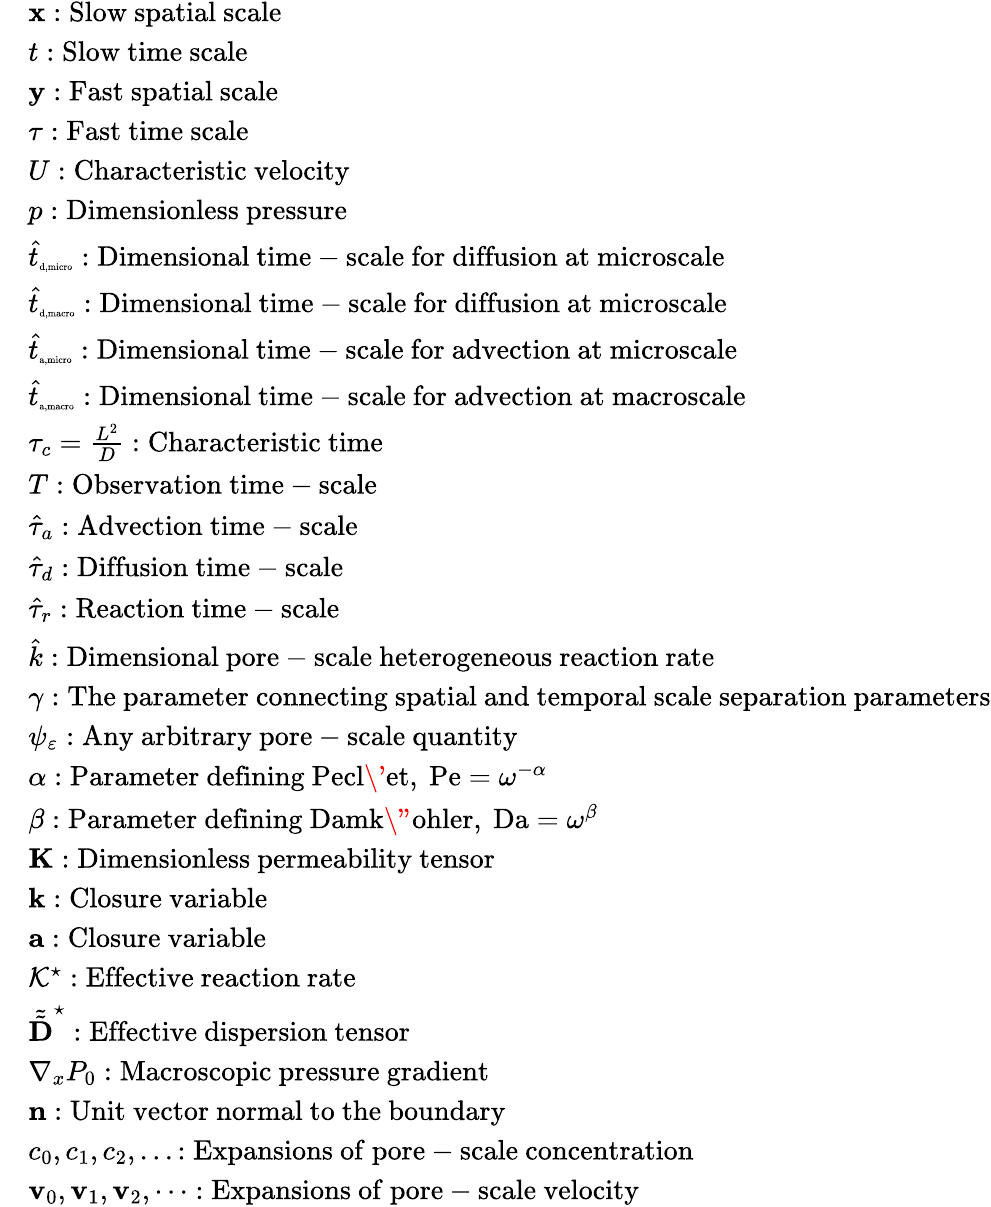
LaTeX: \begin{array}{rl}&{\mathbf x:\mathrm{Slow~spatial~scale}}\\ &{t:\mathrm{Slow~time~scale}}\\ &{\mathbf y:\mathrm{Fast~spatial~scale}}\\ &{\tau:\mathrm{Fast~time~scale}}\\ &{U:\mathrm{Characteristic~velocity}}\\ &{p:\mathrm{Dimensionless~pressure}}\\ &{\hat{t}_{\mathrm{\tiny{d,micro}}}:\mathrm{Dimensional~time-scale~for~diffusion~at~microscale}}\\ &{\hat{t}_{\mathrm{\tiny{d,macro}}}:\mathrm{Dimensional~time-scale~for~diffusion~at~microscale}}\\ &{\hat{t}_{\mathrm{\tiny{a,micro}}}:\mathrm{Dimensional~time-scale~for~advection~at~microscale}}\\ &{\hat{t}_{\mathrm{\tiny{a,macro}}}:\mathrm{Dimensional~time-scale~for~advection~at~macroscale}}\\ &{\tau_{c}=\frac{L^{2}}{D}:\mathrm{Characteristic~time}}\\ &{T:\mathrm{Observation~time-scale}}\\ &{\hat{\tau}_{a}:\mathrm{Advection~time-scale}}\\ &{\hat{\tau}_{d}:\mathrm{Diffusion~time-scale}}\\ &{\hat{\tau}_{r}:\mathrm{Reaction~time-scale}}\\ &{\hat{k}:\mathrm{Dimensional~pore-scale~heterogeneous~reaction~rate}}\\ &{\gamma:\mathrm{The~parameter~connecting~spatial~and~temporal~scale~separation~parameters}}\\ &{\psi_{\varepsilon}:\mathrm{Any~arbitrary~pore-scale~quantity}}\\ &{\alpha:\mathrm{Parameter~defining~Pecl\' {e}t,~\mathrm{Pe}=\omega^{-\alpha}~}}\\ &{\beta:\mathrm{Parameter~defining~Damk\" {o}hler,~\mathrm{Da}=\omega^{\beta}~}}\\ &{\mathbf K:\mathrm{Dimensionless~permeability~tensor}}\\ &{\mathbf k:\mathrm{Closure~variable}}\\ &{\mathbf{a}:\mathrm{Closure~variable}}\\ &{\mathcal{K^{\star}}:\mathrm{Effective~reaction~rate}}\\ &{\tilde{\tilde{\textbf{D}}}^{\star}:\mathrm{Effective~dispersion~tensor}}\\ &{\nabla_{x}P_{0}:\mathrm{Macroscopic~pressure~gradient}}\\ &{\mathbf n:\mathrm{Unit~vector~normal~to~the~boundary}}\\ &{c_{0},c_{1},c_{2},...:\mathrm{Expansions~of~pore-scale~concentration}}\\ &{\mathbf{v}_{0},\mathbf{v}_{1},\mathbf{v}_{2},\cdots:\mathrm{Expansions~of~pore-scale~velocity}}\end{array}